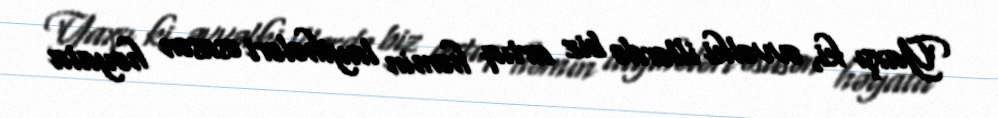
Yaxşı ki, əvvəlki illərdə biz artıq həmin layihələri əsasən həyata